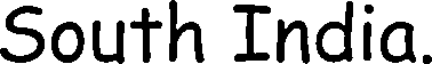
South India